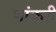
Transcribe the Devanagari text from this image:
भांकरी